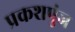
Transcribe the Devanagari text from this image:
प्रकशपुंज